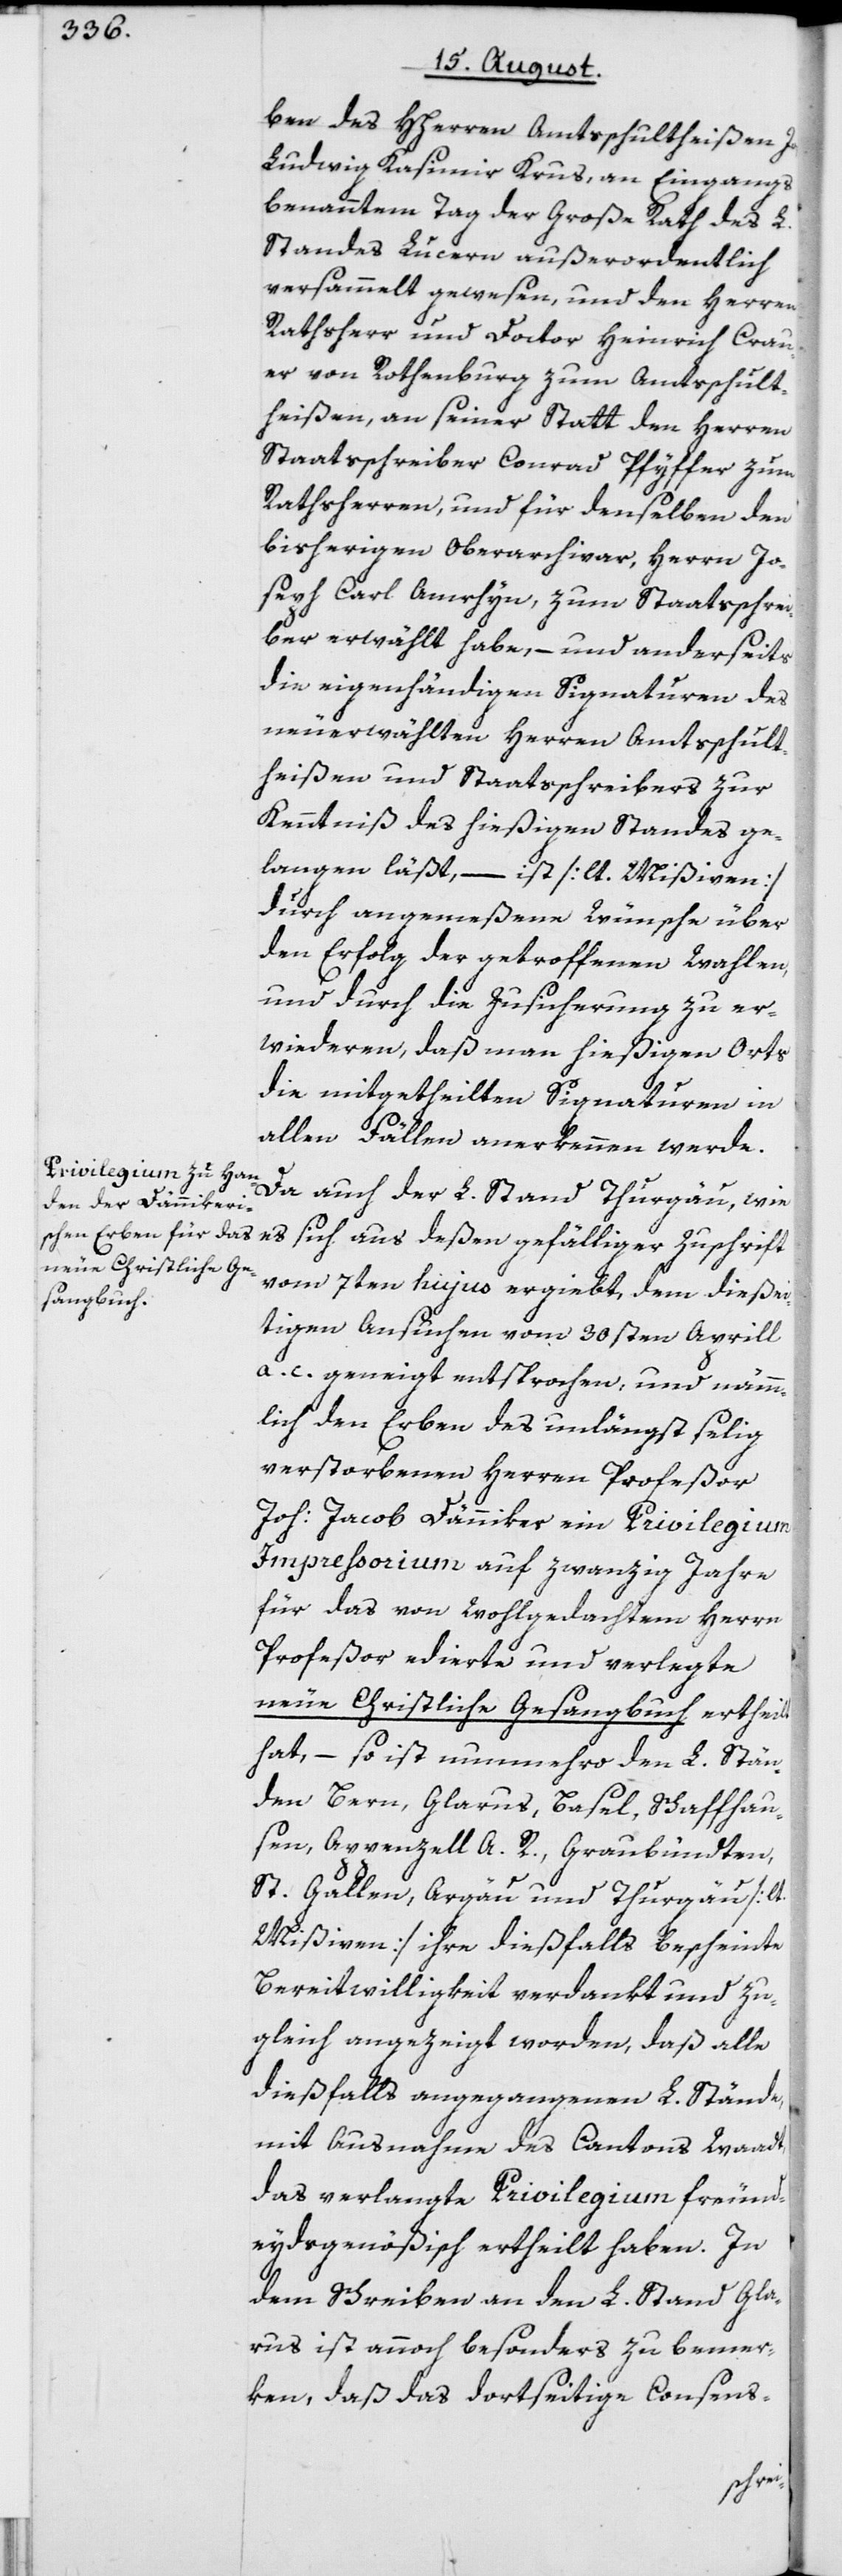
ben des HHerren Amtsschultheißen Joh.
Ludwig Kasimir Krus, an Eingangs
benanntem Tag der Große Rath des L.
Standes Lucern außerordentlich
versammelt gewesen, und den Herren
Rathsherr und Doctor Heinrich Crau¬
er von Rothenburg zum Amtsschult¬
heißen, an seiner Statt den Herren
Staatsschreiber Conrad Pfyffer zum
Rathsherren, und für denselben den
bisherigen Oberarchivar, Herrn Jo¬
seph Carl Amrhyn, zum Staatsschrei¬
ber erwählt habe, – und anderseits
die eigenhändigen Signaturen des
neuerwählten Herren Amtsschult¬
heißen und Staatsschreibers zur
Kenntniß des hießigen Standes ge¬
langen läßt, – ist [lt. Mißiven]
durch angemeßene Wünsche über
den Erfolg der getroffenen Wahlen,
und durch die Zusicherung zu er¬
wiederen, daß man hießigen Orts
die mitgetheilten Signaturen in
allen Fällen anerkennen werde.
Da auch der L. Stand Thurgau, wie
es sich aus deßen gefälliger Zuschrift
vom 7ten hujus ergiebt, dem dießei¬
tigen Ansuchen vom 30sten Aprill
a. c. geneigt entsprochen, und nämm¬
lich den Erben des unklängst selig
verstorbenen Herren Profeßor
Joh: Jacob Dänniker ein Privilegium
Impressorium auf zwanzig Jahre
für das von wohlgedachtem Herrn
Profeßor edierte und verlegte
neue Christliche Gesangbuch ertheilt
hat, – so ist nunmehro den L. Stän¬
den Bern, Glarus, Basel, Schaffhau¬
sen, Appenzell A. R., Graubündten,
St. Gallen, Argau und Thurgau [lt.
Mißiven] ihre dießfalls bescheinte
Bereitwilligkeit verdankt und zu¬
gleich angezeigt worden, daß alle
dießfalls angegangenen L. Stände,
mit Ausnahme des Cantons Waadt,
das verlangte Privilegium freund¬
eydsgenößisch ertheilt haben. In
dem Schreiben an den L. Stand Gla¬
rus ist annoch besonders zu bemer¬
ken, daß das dortseitige Consens-